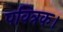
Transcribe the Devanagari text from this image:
पवित्रक।